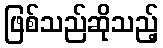
ဖြစ်သည်ဆိုသည့်